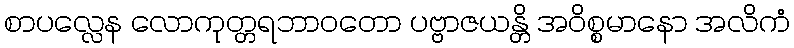
စာပလ္လေန လောကုတ္တရဘာဝတော ပဗ္ဗာဇယန္တိ အဝိစ္စမာနော အလိကံ